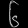
Digit: ၆